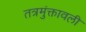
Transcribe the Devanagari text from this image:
तत्रमुंक्तावली